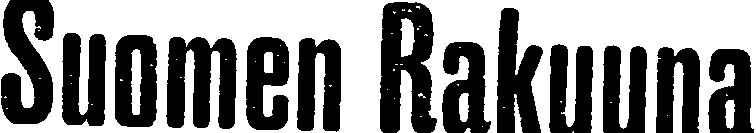
Suomen Rakuuna